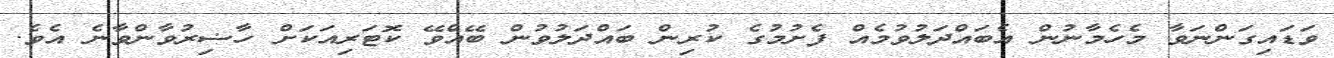
ވަޑައިގަންނަވާ މެހެމާނުން އެބައްދަލުވުމެއް ފެށުމުގެ ކުރިން ބައްދަލުވުން ބޭއްވޭ ކޮޓަރިއަކަށް ހާޟިރުވާންވާނެ އެވެ.